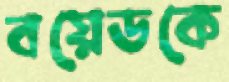
বয়েডকে